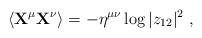
\begin{align*}\langle {\bf X}^\mu {\bf X}^\nu \rangle = - \eta^{\mu\nu} \log |z_{12}|^2~,\end{align*}